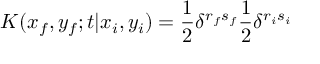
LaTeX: K ( x _ { f } , y _ { f } ; t | x _ { i } , y _ { i } ) = \frac { 1 } { 2 } \delta ^ { r _ { f } s _ { f } } \frac { 1 } { 2 } \delta ^ { r _ { i } s _ { i } }